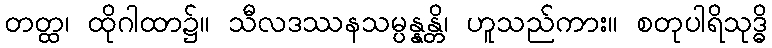
တတ္ထ၊ ထိုဂါထာ၌။ သီလဒဿနသမ္ပန္နန္တိ၊ ဟူသည်ကား။ စတုပါရိသုဒ္ဓိ